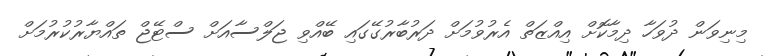
މިނިވަން ދުވަހާ ދިމާކޮށް އިއްޒަތް އެރުވުމަށް ދަރުބާރުގޭގައި ބޭއްވި ޖަލްސާއަށް ސްޓޭޖް ތައްޔާރުކުރުމަށް